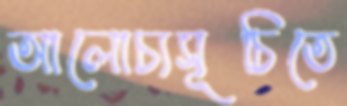
আলোচ্যসূচিতে